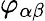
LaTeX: \varphi_{\alpha\beta}